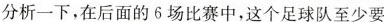
分析一下，在后面的6场比赛中，这个足球队至少要